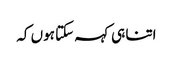
اتنا ہی کہہ سکتا ہوں کہ